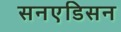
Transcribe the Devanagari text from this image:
सनएडिसन